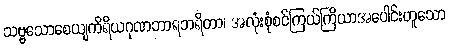
သဗ္ဗသောစေယျကိရိယဂုဏဘာရဘရိတာ၊ အလုံးစုံစင်ကြယ်ကြိယာအပေါင်းဟူသော